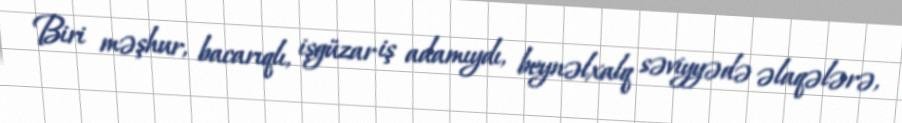
Biri məşhur, bacarıqlı, işgüzar iş adamıydı, beynəlxalq səviyyədə əlaqələrə,